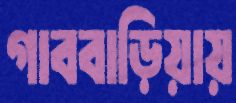
গাববাড়িয়ায়